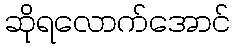
ဆိုရလောက်အောင်